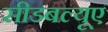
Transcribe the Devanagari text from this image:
सीडबल्यूए